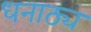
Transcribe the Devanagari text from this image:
धनाठ्य